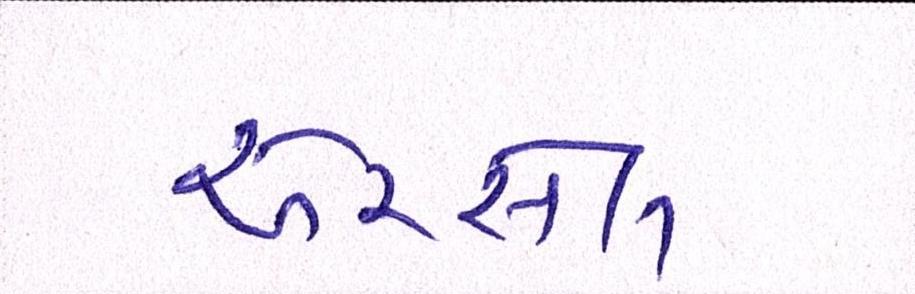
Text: એરસેલ